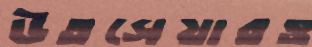
উতসেয়ারও